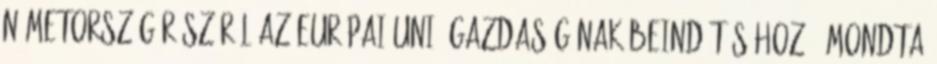
Németország részéről az Európai Unió gazdaságának beindításához – mondta